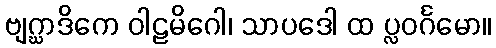
ဗျဂ္ဃာဒိကေ ဝါဠမိဂေါ၊ သာပဒေါ ထ ပ္လဝင်္ဂမော။